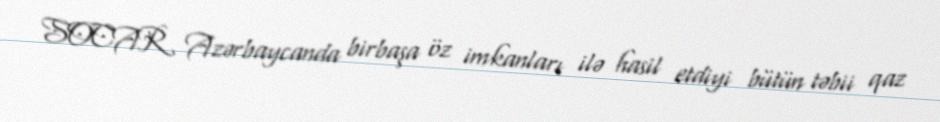
SOCAR Azərbaycanda birbaşa öz imkanları ilə hasil etdiyi bütün təbii qaz